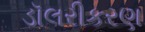
ડૉલરીકરણ